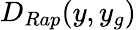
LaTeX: D_{Rap}(y,y_{g})